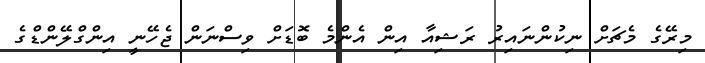
މިރޭގެ މެޗަށް ނިކުންނައިރު ރަޝިއާ އިން އެންމެ ބޮޑަށް ވިސްނަން ޖެހޭނީ އިންގްލޭންޑްގެ